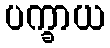
ပက္ခာယ